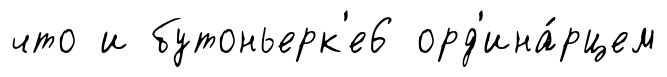
что и бутоньерк'е6 орд'ина́рцем